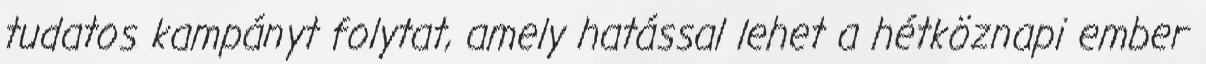
tudatos kampányt folytat, amely hatással lehet a hétköznapi ember